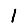
Digit: 1